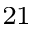
^ { 2 1 }